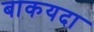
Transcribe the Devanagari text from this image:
बाकयदा